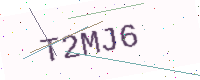
Text: T2MJ6